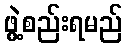
ဖွဲ့စည်းရမည်